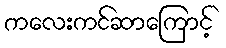
ကလေးကင်ဆာကြောင့်